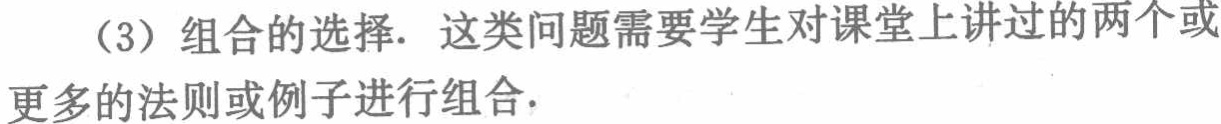
（3）组合的选择. 这类问题需要学生对课堂上讲过的两个或更多的法则或例子进行组合.